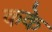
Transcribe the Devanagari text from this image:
कके